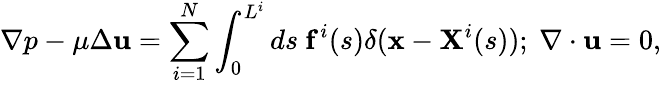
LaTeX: \nabla p-\mu\Delta\mathbf{u}=\sum_{i=1}^{N}\int_{0}^{L^{i}}ds~\mathbf{f}^{i}(s)\delta(\mathbf{x}-\mathbf{X}^{i}(s));~\mathbf{\nabla}\cdot\mathbf{u}=0,